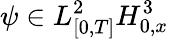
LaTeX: \psi\in L_{[0,T]}^{2}H_{0,x}^{3}